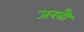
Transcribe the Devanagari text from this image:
जखौ